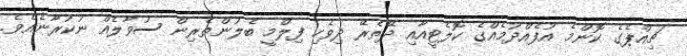
ޗިއްޕެގެ ކޮންމެ އުފެއްދުމެއްގެ ކޮލެޓީއާއި ދޭތެރޭ ދިވެހި ފިލްމީ ބެލުންތެރިން ސުވާލެއް ނުކުރާނެއެވެ.